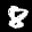
Label: 8